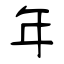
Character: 年